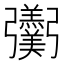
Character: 𢑌